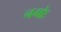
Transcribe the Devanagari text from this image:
नमोः